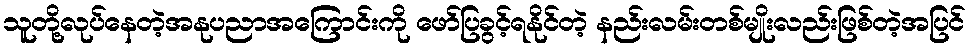
သူတို့လုပ်နေတဲ့အနုပညာအကြောင်းကို ဖော်ပြခွင့်ရနိုင်တဲ့ နည်းလမ်းတစ်မျိုးလည်းဖြစ်တဲ့အပြင်